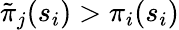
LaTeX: \tilde{\pi}_{j}(s_{i})>\pi_{i}(s_{i})